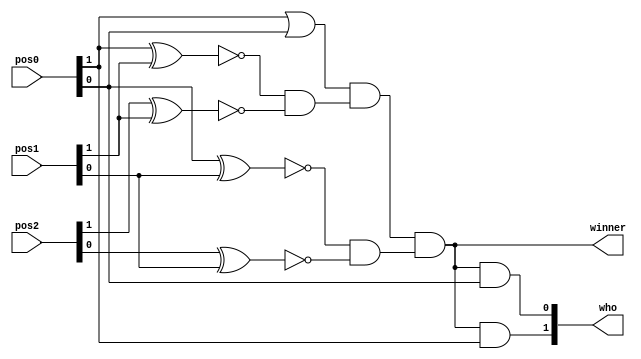
`timescale 1ns / 1ps
//////////////////////////////////////////////////////////////////////////////////
// Company: 
// Engineer: 
// 
// Design Name: 
// Module Name: winner_detect_3
// Project Name: 
// Target Devices: 
// Tool Versions: 
// Description: 
// 
// Dependencies: 
// 
// Revision:
// Revision 0.01 - File Created
// Additional Comments:
// 
//////////////////////////////////////////////////////////////////////////////////

module winner_detect_3(input [1:0] pos0,pos1,pos2, output wire winner, output wire [1:0]who);
wire [1:0] temp0,temp1,temp2;
wire temp3;
assign temp0[1] = !(pos0[1]^pos1[1]);
assign temp0[0] = !(pos0[0]^pos1[0]);
assign temp1[1] = !(pos2[1]^pos1[1]);
assign temp1[0] = !(pos2[0]^pos1[0]);
assign temp2[1] = temp0[1] & temp1[1];
assign temp2[0] = temp0[0] & temp1[0];
assign temp3 = pos0[1] | pos0[0];
// winner if 3 positions are similar and should be 01 or 10 
assign winner = temp3 & temp2[1] & temp2[0];
// determine who the winner is 
assign who[1] = winner & pos0[1];
assign who[0] = winner & pos0[0];
endmodule